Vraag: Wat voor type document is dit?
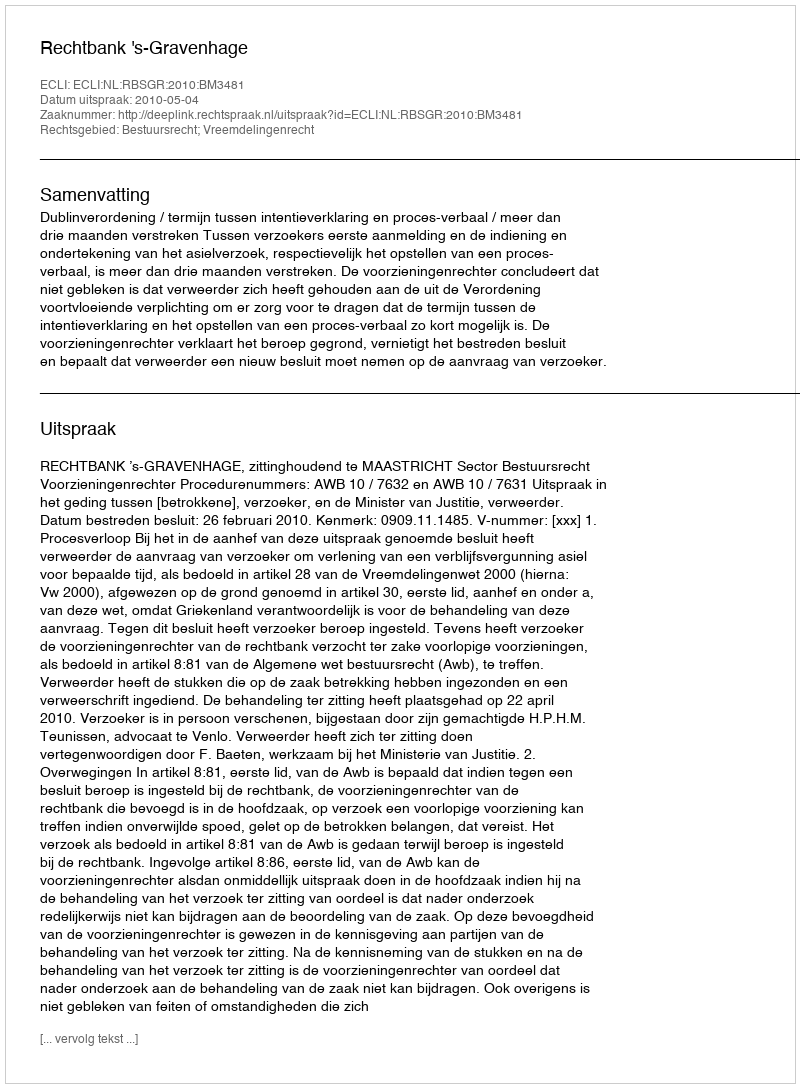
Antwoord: Uitspraak